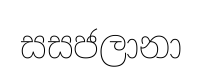
සසජලානා